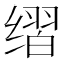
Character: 𰬶